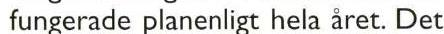
fungerade planenligt hela året. Det